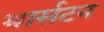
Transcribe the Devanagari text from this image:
थार्सटन